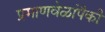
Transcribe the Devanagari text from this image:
प्रमाणवेळांपैकी